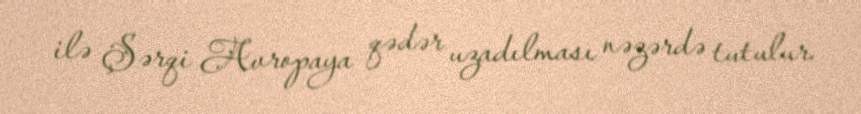
ilə Şərqi Avropaya qədər uzadılması nəzərdə tutulur.